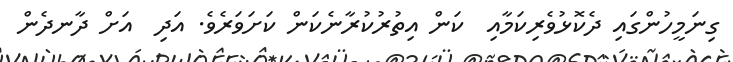
ގިނަމީހުންގައި ދެކޮޅުވެރިކަމާއި  ކަން އިތުރުކުރާނެކަން ކަށަވަރެވެ. އަދި  އަށް ދާނދެން